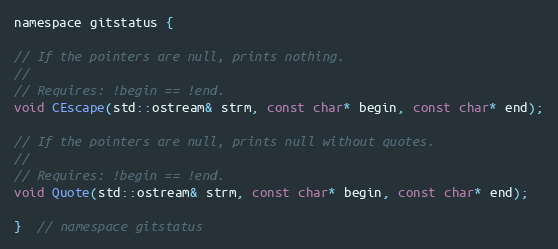
Language: C
namespace gitstatus {

// If the pointers are null, prints nothing.
//
// Requires: !begin == !end.
void CEscape(std::ostream& strm, const char* begin, const char* end);

// If the pointers are null, prints null without quotes.
//
// Requires: !begin == !end.
void Quote(std::ostream& strm, const char* begin, const char* end);

}  // namespace gitstatus